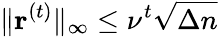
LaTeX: \| \mathbf{r}^{(t)}\| _{\infty}\leq\nu^{t}\sqrt{\Delta n}